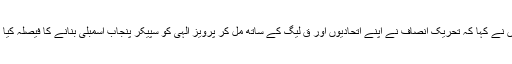
انہوں نے کہا کہ تحریک انصاف نے اپنے اتحادیوں اور ق لیگ کے ساتھ مل کر پرویز الہٰی کو سپیکر پنجاب اسمبلی بنانے کا فیصلہ کیا ہے۔